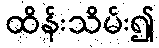
ထိန်းသိမ်း၍